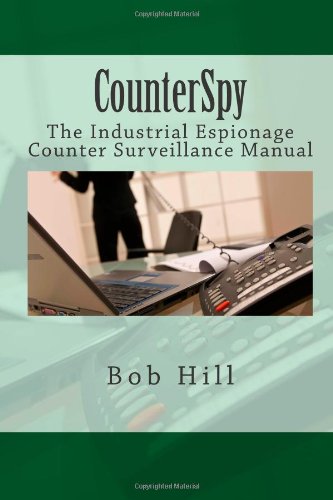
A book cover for CounterSpy: The Industrial Espionage Counter Surveillance Manual; Mr. Bob Hill; Law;